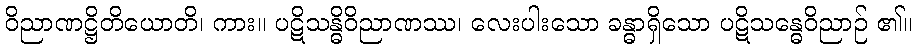
ဝိညာဏဋ္ဌိတိယောတိ၊ ကား။ ပဋိသန္ဓိဝိညာဏဿ၊ လေးပါးသော ခန္ဓာရှိသော ပဋိသန္ဓေဝိညာဉ် ၏။